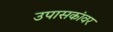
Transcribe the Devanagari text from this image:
उपासकांवर